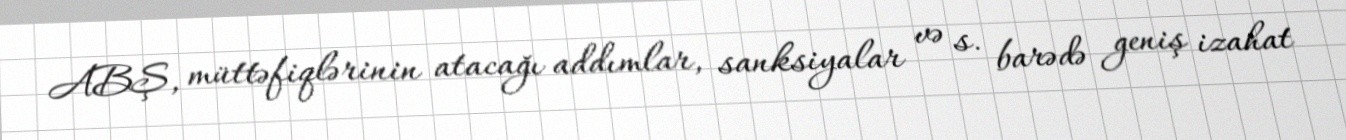
ABŞ, müttəfiqlərinin atacağı addımlar, sanksiyalar və s. barədə geniş izahat